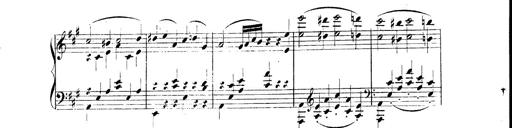
Title: 3 Caprices-Valses
Composer: Franz Liszt